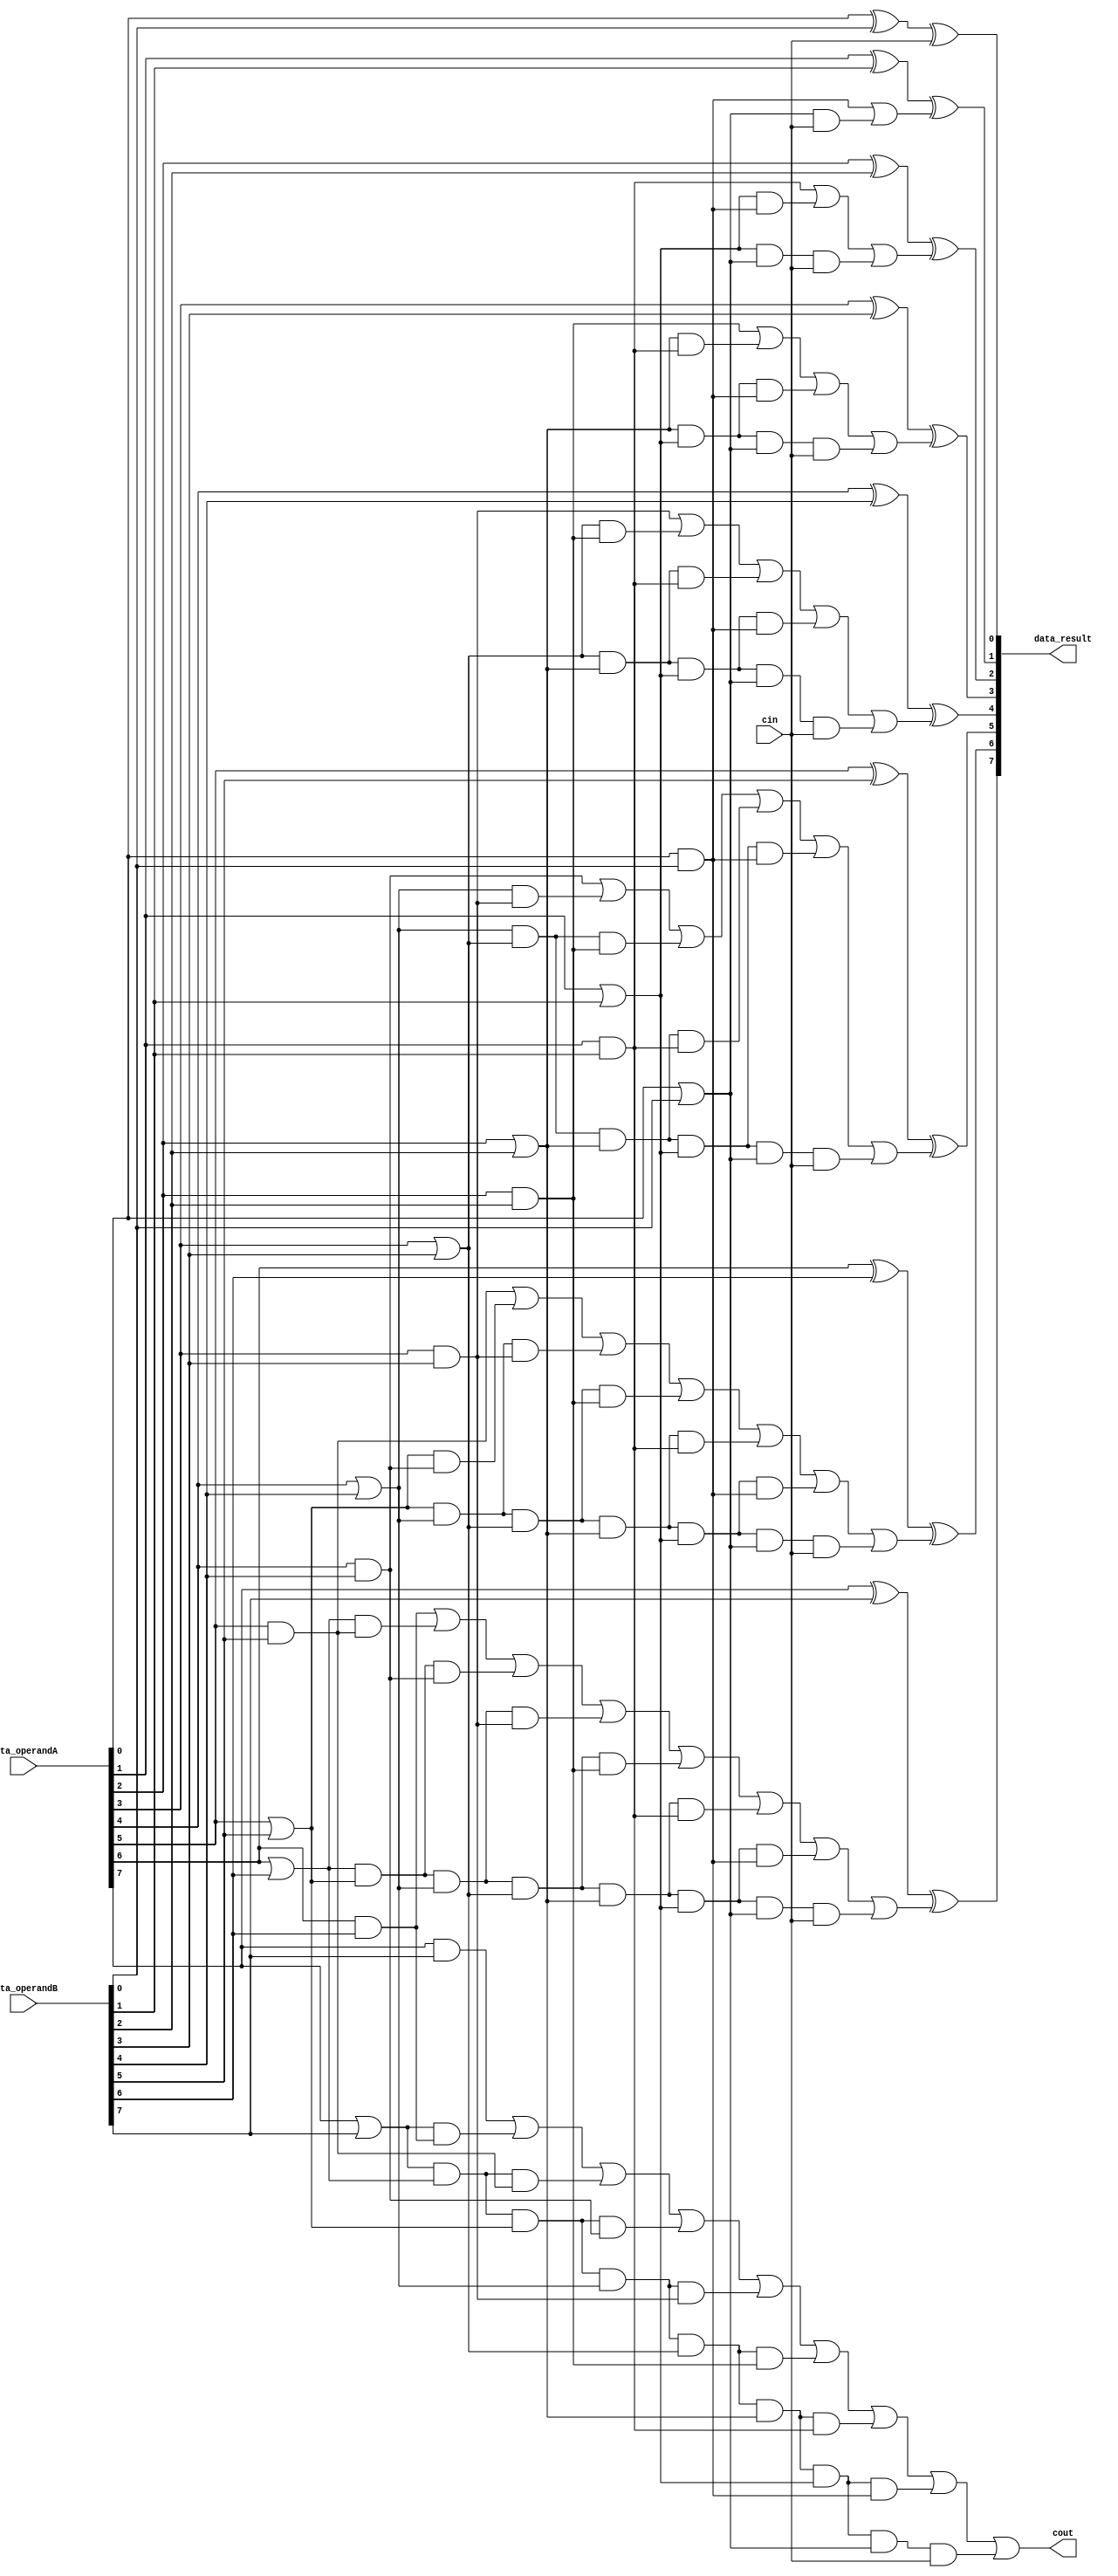
module addmodule(data_operandA, data_operandB, cin, data_result, cout);

	input [7:0] data_operandA, data_operandB;
	input cin;
	output [7:0] data_result;
	output cout;
	
	wire [8:0] c;
	wire [7:0] g;
	wire [7:0] p;
	wire [7:0] pc;
	
	generate

		genvar a;

		for(a = 0; a < 8; a = a + 1) begin : and1_gen_var
			 and gi(g[a], data_operandA[a], data_operandB[a]); 
		end

	endgenerate
	
	generate

		genvar b;

		for(b = 0; b < 8; b = b + 1) begin : or1_gen_var
			 or pi(p[b], data_operandA[b], data_operandB[b]); 
		end

	endgenerate
	
	assign c[0] = cin;
	
	// c1	
	and pc0(pc[0], p[0], cin);
	or c1(c[1], g[0], pc[0]);
	
	// c2
	wire wp1g0;
	and pc1(pc[1], p[1], p[0], cin);
	and p1g0(wp1g0, p[1], g[0]);
	or c2(c[2], g[1], wp1g0, pc[1]);
	
	// c3
	wire wp2g1, wp2p1g0;
	and pc2(pc[2], p[2], p[1], p[0], cin);
	and p2p1g0(wp2p1g0, p[2], p[1], g[0]);
	and p2g1(wp2g1, p[2], g[1]);
	or c3(c[3], g[2], wp2g1, wp2p1g0, pc[2]);
	
	// c4
	wire wp3g2, wp3p2g1, wp3p2p1g0;
	and pc3(pc[3], p[3], p[2], p[1], p[0], cin);
	and p3g2(wp3g2, p[3], g[2]);
	and p3p2g1(wp3p2g1, p[3], p[2], g[1]);
	and p3p2p1g0(wp3p2p1g0, p[3], p[2], p[1], g[0]);
	or c4(c[4], g[3], wp3g2, wp3p2g1, wp3p2p1g0, pc[3]);
	
	// c5
	wire wp4g3, wp4p3g2, wp4p3p2g1, wp4p3p2p1g0;
	and pc4(pc[4], p[4], p[3], p[2], p[1], p[0], cin);
	and p4g3(wp4g3, p[4], g[3]);
	and p4p3g2(wp4p3g2, p[4], p[3], g[2]);
	and p4p3p2g1(wp4p3p2g1, p[4], p[3], p[2], g[1]);
	and p4p3p2p1g0(wp4p3p2p1g0, p[4], p[3], p[2], p[1], g[0]);
	or c5(c[5], g[4], wp4g3, wp4p3g2, wp4p3p2g1, wp4p3p2p1g0, pc[4]);
	
	// c6
	wire wp5g4, wp5p4g3, wp5p4p3g2, wp5p4p3p2g1, wp5p4p3p2p1g0;
	and pc5(pc[5], p[5], p[4], p[3], p[2], p[1], p[0], cin);
	and p5g4(wp5g4, p[5], g[4]);
	and p5p4g3(wp5p4g3, p[5], p[4], g[3]);
	and p5p4p3g2(wp5p4p3g2, p[5], p[4], p[3], g[2]);
	and p5p4p3p2g1(wp5p4p3p2g1, p[5], p[4], p[3], p[2], g[1]);
	and p5p4p3p2p1g0(wp5p4p3p2p1g0, p[5], p[4], p[3], p[2], p[1], g[0]);
	or c6(c[6], g[5], wp5g4, wp5p4g3, wp5p4p3g2, wp5p4p3p2g1, wp5p4p3p2p1g0, pc[5]);	
	
	// c7
	wire wp6g5, wp6p5g4, wp6p5p4g3, wp6p5p4p3g2, wp6p5p4p3p2g1, wp6p5p4p3p2p1g0;
	and pc6(pc[6], p[6], p[5], p[4], p[3], p[2], p[1], p[0], cin);
	and p6g5(wp6g5, p[6], g[5]);
	and p6p5g4(wp6p5g4, p[6], p[5], g[4]);
	and p6p5p4g3(wp6p5p4g3, p[6], p[5], p[4], g[3]);
	and p6p5p4p3g2(wp6p5p4p3g2, p[6], p[5], p[4], p[3], g[2]);
	and p6p5p4p3p2g1(wp6p5p4p3p2g1, p[6], p[5], p[4], p[3], p[2], g[1]);
	and p6p5p4p3p2p1g0(wp6p5p4p3p2p1g0, p[6], p[5], p[4], p[3], p[2], p[1], g[0]);
	or c7(c[7], g[6], wp6g5, wp6p5g4, wp6p5p4g3, wp6p5p4p3g2, wp6p5p4p3p2g1, wp6p5p4p3p2p1g0, pc[6]);
	
	// c8
	
	wire wp7g6, wp7p6g5, wp7p6p5g4, wp7p6p5p4g3, wp7p6p5p4p3g2, wp7p6p5p4p3p2g1, wp7p6p5p4p3p2p1g0;
	and pc7(pc[7], p[7], p[6], p[5], p[4], p[3], p[2], p[1], p[0], cin);
	and p7g6(wp7g6, p[7], g[6]);
	and p7p6g5(wp7p6g5, p[7], p[6], g[5]);
	and p7p6p5g4(wp7p6p5g4, p[7], p[6], p[5], g[4]);
	and p7p6p5p4g3(wp7p6p5p4g3, p[7], p[6], p[5], p[4], g[3]);
	and p7p6p5p4p3g2(wp7p6p5p4p3g2, p[7], p[6], p[5], p[4], p[3], g[2]);
	and p7p6p5p4p3p2g1(wp7p6p5p4p3p2g1, p[7], p[6], p[5], p[4], p[3], p[2], g[1]);
	and p7p6p5p4p3p2p1g0(wp7p6p5p4p3p2p1g0, p[7], p[6], p[5], p[4], p[3], p[2], p[1], g[0]);	
	or c8(c[8], g[7], wp7g6, wp7p6g5, wp7p6p5g4, wp7p6p5p4g3, wp7p6p5p4p3g2, wp7p6p5p4p3p2g1, wp7p6p5p4p3p2p1g0, pc[7]);
	
	
	assign cout = c[8];
	
	generate

		genvar j;

		for(j = 0; j < 8; j = j + 1) begin : xorgenvar
			 xor my_xor(data_result[j], data_operandA[j], data_operandB[j], c[j]); 
		end

	endgenerate
	
endmodule